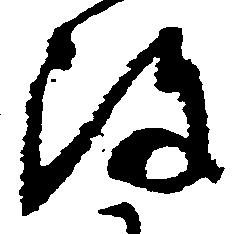
陣